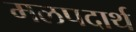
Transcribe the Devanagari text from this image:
मलपदार्थ